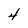
Character: 4